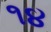
૧૪